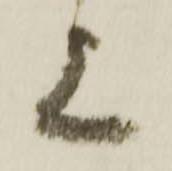
上